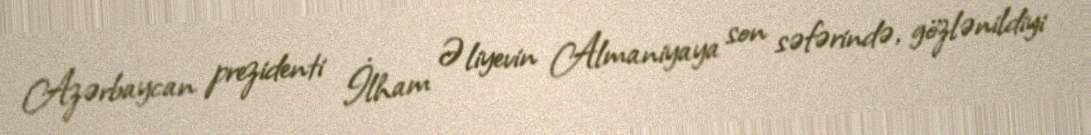
Azərbaycan prezidenti İlham Əliyevin Almaniyaya son səfərində, gözlənildiyi